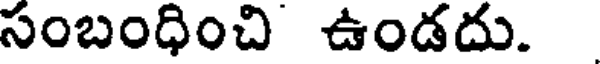
సంబంధించి ఉండదు.